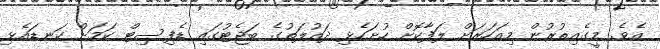
އެވެ. މީގެއިތުރުން މިއަހަރަށް ލަފާކޮށް ހުށަހެޅި ދައުލަތުގެ ބަޖެޓުގައި ޑެފިސިޓް ކަމަށް ކަނޑައެޅި